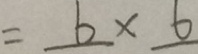
= 6 \times 6